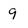
Character: g